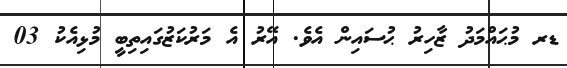
ޑރ މުޙައްމަދު ޒާހިރު ޙުސައިން އެވެ. އޭރު އެ މަރުކަޒުގައިތިބީ މުޅިއެކު 03